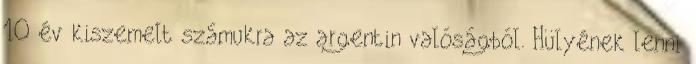
10 év kiszemelt számukra az argentin valóságból. Hülyének lenni